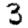
Digit: 3